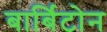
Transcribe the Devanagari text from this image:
बार्बिटोन